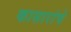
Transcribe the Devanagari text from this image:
कासारांचे